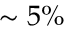
\sim 5 \%